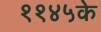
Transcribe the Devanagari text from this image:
११४५के